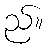
ည်။